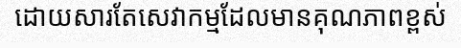
ដោយសារតែសេវាកម្មដែលមានគុណភាពខ្ពស់